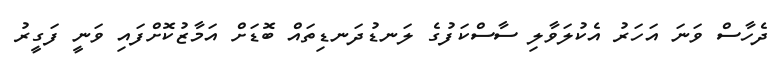
ދެހާސް ވަނަ އަހަރު އެކުލަވާލި ސާސްކަފުގެ ލަނޑުދަނޑިތައް ބޮޑަށް އަމާޒުކޮށްފައި ވަނީ ފަގީރު